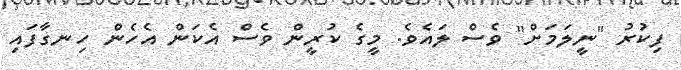
ފިކުރު "ނީލަމަށް" ވެސް ލައެވެ. މީގެ ކުރީން ވެސް އެކަން އެހެން ހިނގާފައި